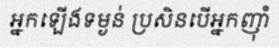
អ្នកឡើងទម្ងន់ ប្រសិនបើអ្នកញ៉ាំ